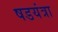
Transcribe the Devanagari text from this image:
षडयंत्रा